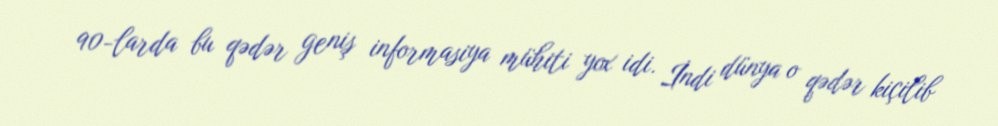
90-larda bu qədər geniş informasiya mühiti yox idi. İndi dünya o qədər kiçilib